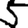
Digit: 5